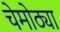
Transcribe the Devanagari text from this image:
चेमोठ्या